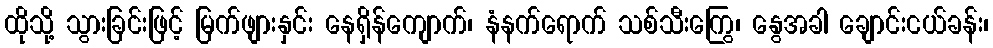
ထိုသို့ သွားခြင်းဖြင့် မြက်ဖျားနှင်း နေရှိန်ကျောက်၊ နံနက်ရောက် သစ်သီးကြွေ၊ နွေအခါ ချောင်းငယ်ခန်း၊